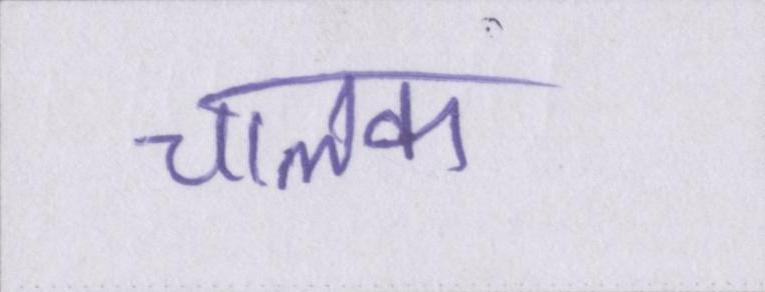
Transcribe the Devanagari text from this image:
चालक